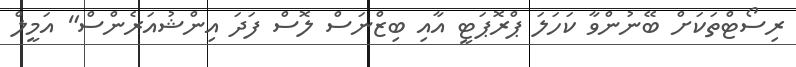
ރިސޯޓްތަކަށް ބޭނުންވާ ކަހަލަ ޕްރޮޕަޓީ އާއި ބިޒްނަސް ލޮސް ފަދަ އިންޝުއަރެންސް" އަމީލް